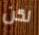
لكن